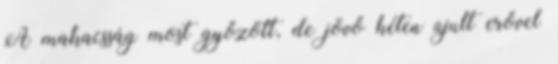
A makacsság most győzött, de jövő héten újult erővel